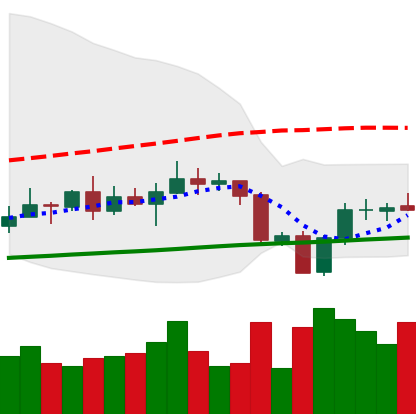
Ticker: XRP-USD
Chart end date: 2020-09-28
Forward return: -3.69%
Label: down_3_5